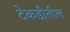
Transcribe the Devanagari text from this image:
टेकडीतील